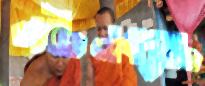
লটেনব্যাচ